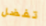
تفضل